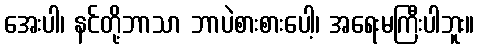
အေးပါ၊ နင်တို့ဘာသာ ဘာပဲစားစားပေါ့၊ အရေးမကြီးပါဘူး။